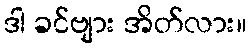
ဒါ ခင်ဗျား အိတ်လား။